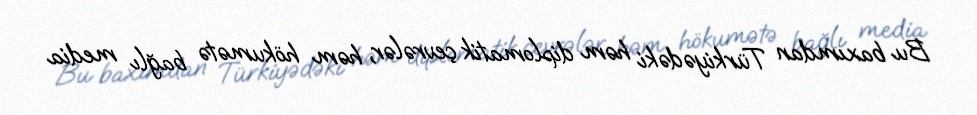
Bu baxımdan Türkiyədəki həm diplomatik çevrələr, həm hökumətə bağlı media